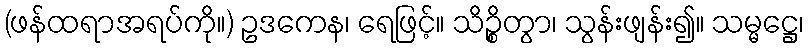
(ဖန်ထရာအရပ်ကို။) ဥဒကေန၊ ရေဖြင့်။ သိဉ္စိတွာ၊ သွန်းဖျန်း၍။ သမ္မဋ္ဌေ၊